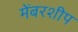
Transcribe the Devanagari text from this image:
मेंबरशीप